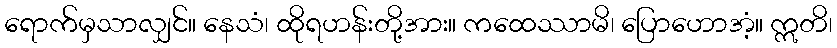
ရောက်မှသာလျှင်။ နေသံ၊ ထိုရဟန်းတို့အား။ ကထေဿာမိ၊ ပြောဟောအံ့။ ဣတိ၊